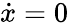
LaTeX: {\dot{x}}=0